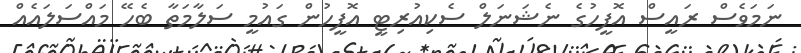
ނަމަވެސް ރައީސް އޮފީހުގެ ނެޝަނަލް ސެކިއުރިޓީ އޮފީހުން ގައުމީ ސަލާމަތާ ބެހޭ މައްސަލައެއް